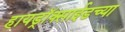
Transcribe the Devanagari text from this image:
हायड्राॅक्साईडच्या